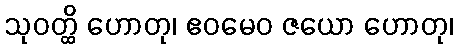
သုဝတ္ထိ ဟောတု၊ ဧဝမေဝ ဇယော ဟောတု၊